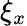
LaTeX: \xi_{x}